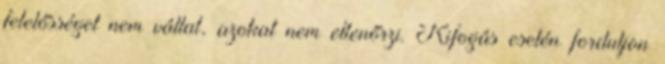
felelősséget nem vállal, azokat nem ellenőrzi. Kifogás esetén forduljon